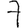
Digit: 7